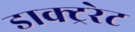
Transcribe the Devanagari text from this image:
डाक्ट्ररेट